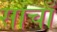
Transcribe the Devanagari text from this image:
साचाँ